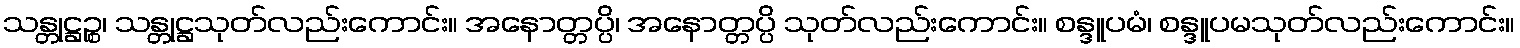
သန္တုဋ္ဌဉ္စ၊ သန္တုဋ္ဌသုတ်လည်းကောင်း။ အနောတ္တပ္ပိ၊ အနောတ္တပ္ပိ သုတ်လည်းကောင်း။ စန္ဒူပမံ၊ စန္ဒူပမသုတ်လည်းကောင်း။